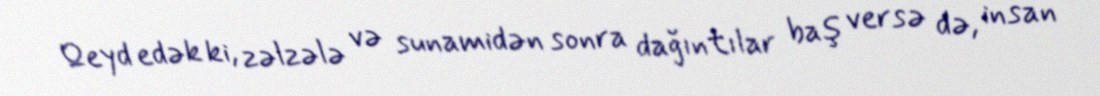
Qeyd edək ki, zəlzələ və sunamidən sonra dağıntılar baş versə də, insan